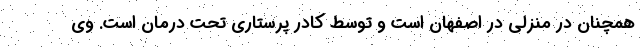
همچنان در منزلی در اصفهان است و توسط کادر پرستاری تحت درمان است. وی